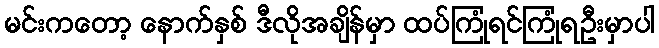
မင်းကတော့ နောက်နှစ် ဒီလိုအချိန်မှာ ထပ်ကြုံရင်ကြုံရဦးမှာပါ